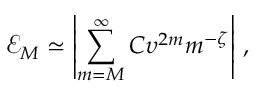
\mathcal { E } _ { M } \simeq \left| \sum _ { m = M } ^ { \infty } C \upsilon ^ { 2 m } m ^ { - \zeta } \right| \, ,